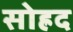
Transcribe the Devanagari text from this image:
सोह्रद